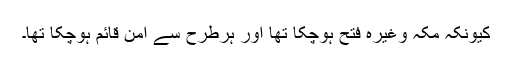
کیونکہ مکہ وغیرہ فتح ہوچکا تھا اور ہرطرح سے امن قائم ہوچکا تھا۔